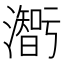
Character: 𤂥